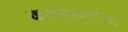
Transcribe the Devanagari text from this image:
कब्बलावादियों